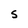
Character: S